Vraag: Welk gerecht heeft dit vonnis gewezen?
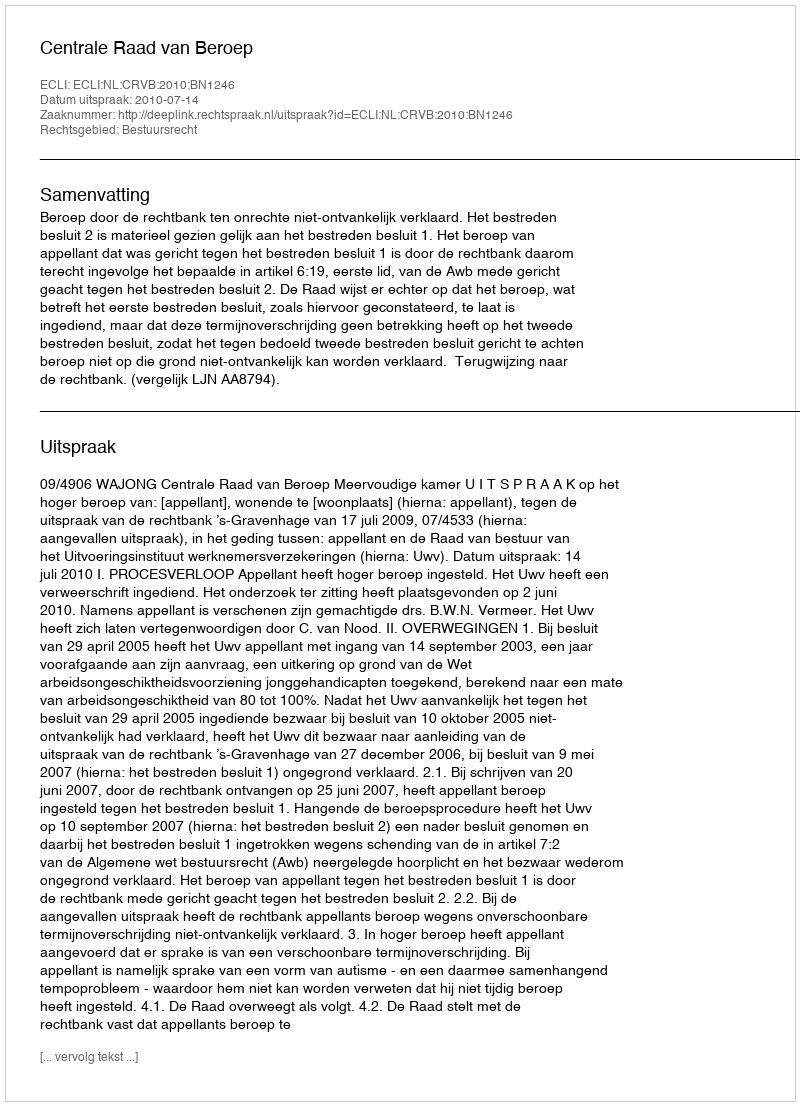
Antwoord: Centrale Raad van Beroep